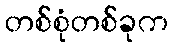
တစ်စုံတစ်ခုက